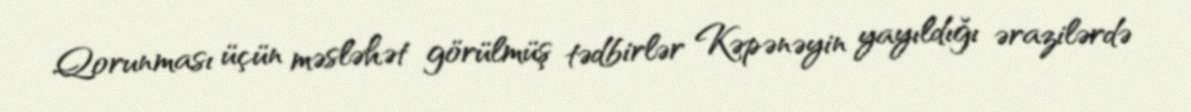
Qorunması üçün məsləhət görülmüş tədbirlər Kəpənəyin yayıldığı ərazilərdə